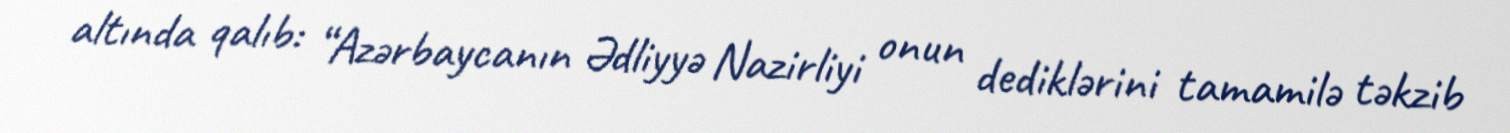
altında qalıb: “Azərbaycanın Ədliyyə Nazirliyi onun dediklərini tamamilə təkzib